Report on horse surra - Volume I
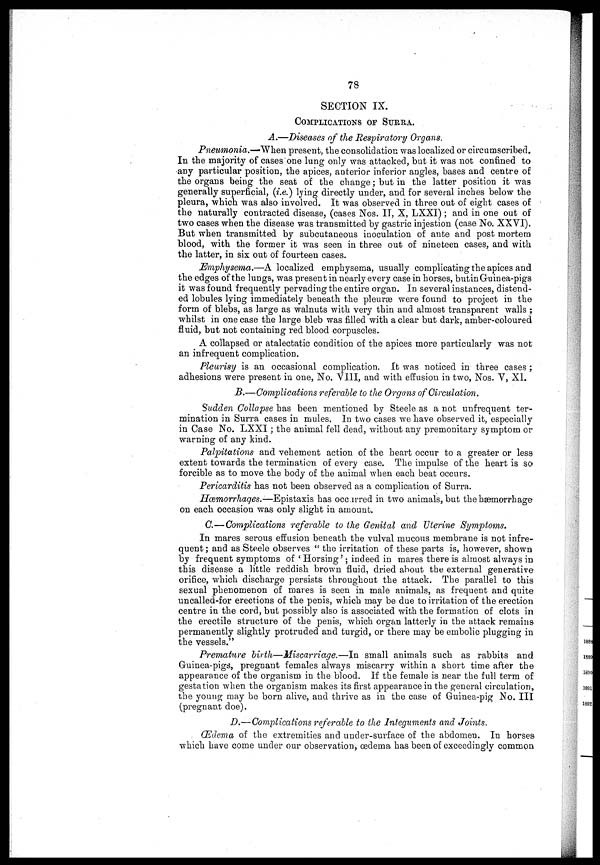
78
SECTION IX.
COMPLICATIONS OF SURRA.
A.—Diseases of the Respiratory Organs.
Pneumonia.—When present, the consolidation was localized or circumscribed.
In the majority of cases one lung only was attacked, but it was not confined to
any particular position, the apices, anterior inferior angles, bases and centre of
the organs being the seat of the change; but in the latter position it was
generally superficial, (i.e.) lying directly under, and for several inches below the
pleura, which was also involved. It was observed in three out of eight cases of
the naturally contracted disease, (cases Nos. II, X, LXXI); and in one out of
two cases when the disease was transmitted by gastric injestion (case No. XXVI).
But when transmitted by subcutaneous inoculation of ante and post mortem
blood, with the former it was seen in three out of nineteen cases, and with
the latter, in six out of fourteen cases.
Emphysema.—A localized emphysema, usually complicating the apices and
the edges of the lungs, was present in nearly every case in horses, but in Guinea-pigs
it was found frequently pervading the entire organ. In several instances, distend-
ed lobules lying immediately beneath the pleurae were found to project in the
form of blebs, as large as walnuts with very thin and almost transparent walls ;
whilst in one case the large bleb was filled with a clear but dark, amber-coloured
fluid, but not containing red blood corpuscles.
A collapsed or atalectatic condition of the apices more particularly was not
an infrequent complication.
Pleurisy is an occasional complication. It was noticed in three cases ;
adhesions were present in one, No. VIII, and with effusion in two, Nos. V, XI.
B.—Complications referable to the Organs of Circulation.
Sudden Collapse has been mentioned by Steele as a not unfrequent ter-
mination in Surra cases in mules. In two cases we have observed it, especially
in Case No. LXXI ; the animal fell dead, without any premonitary symptom or
warning of any kind.
Palpitations and vehement action of the heart occur to a greater or less
extent towards the termination of every case. The impulse of the heart is so
forcible as to move the body of the animal when each beat occurs.
Pericarditis has not been observed as a complication of Surra.
Hæmorrhages.—Epistaxis has occurred in two animals, but the hæmorrhage
on each occasion was only slight in amount.
C.—Complications referable to the Genital and Uterine Symptoms.
In mares serous effusion beneath the vulval mucous membrane is not infre-
quent; and as Steele observes " the irritation of these parts is, however, shown
by frequent symptoms of ' Horsing' ; indeed in mares there is almost always in
this disease a little reddish brown fluid, dried about the external generative
orifice, which discharge persists throughout the attack. The parallel to this
sexual phenomenon of mares is seen in male animals, as frequent and quite
uncalled-for erections of the penis, which may be due to irritation of the erection
centre in the cord, but possibly also is associated with the formation of clots in
the erectile structure of the penis, which organ latterly in the attack remains
permanently slightly protruded and turgid, or there may be embolic plugging in
the vessels."
Premature birth—Miscarriage.—In small animals such as rabbits and
Guinea-pigs, pregnant females always miscarry within a short time after the
appearance of the organism in the blood. If the female is near the full term of
gestation when the organism makes its first appearance in the general circulation,
the young may be born alive, and thrive as in the case of Guinea-pig No. III
(pregnant doe).
D.—Complications referable to the Integuments and Joints.
Œdema of the extremities and under-surface of the abdomen. In horses
which have come under our observation, oedema has been of exceedingly common